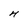
Character: H